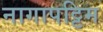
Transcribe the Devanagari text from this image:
नागापट्टिम